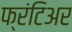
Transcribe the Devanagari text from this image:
फ्रंटिअर